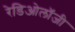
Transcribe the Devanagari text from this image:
रेडिओलॉजी